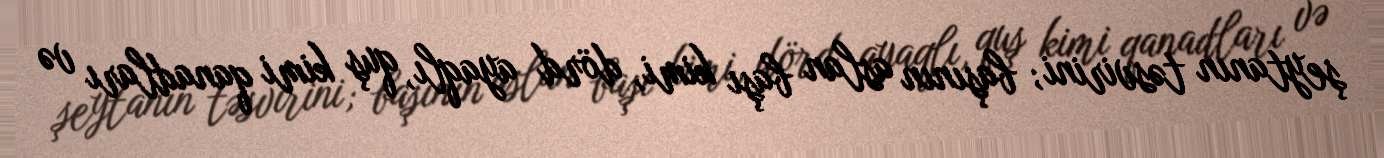
şeytanın təsvirini; başının aslan başı kimi, dörd ayaqlı, quş kimi qanadları və